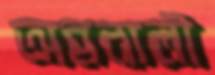
অন্ননালী